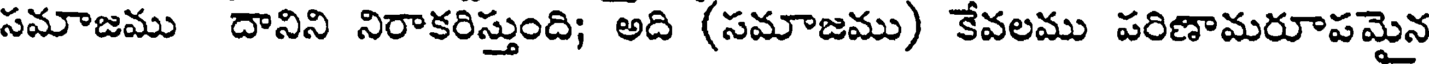
సమాజము దానిని నిరాకరిస్తుంది; అది (సమాజము) కేవలము పరిణామరూపమైన